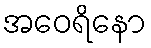
အဝေရိနော